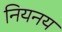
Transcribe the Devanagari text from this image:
नियनय